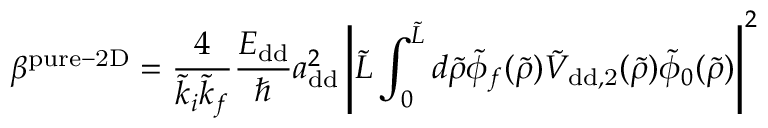
\beta ^ { \mathrm { p u r e - 2 D } } = \frac { 4 } { \tilde { k } _ { i } \tilde { k } _ { f } } \frac { E _ { \mathrm { d d } } } { \hbar } a _ { \mathrm { d d } } ^ { 2 } \left\vert \tilde { L } \int _ { 0 } ^ { \tilde { L } } d \tilde { \rho } \tilde { \phi } _ { f } ( \tilde { \rho } ) \tilde { V } _ { \mathrm { { d d } , 2 } } ( \tilde { \rho } ) \tilde { \phi } _ { 0 } ( \tilde { \rho } ) \right\vert ^ { 2 }